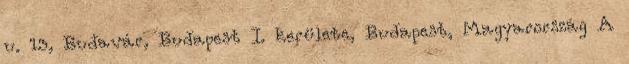
u. 13, Budavár, Budapest I. kerülete, Budapest, Magyarország A